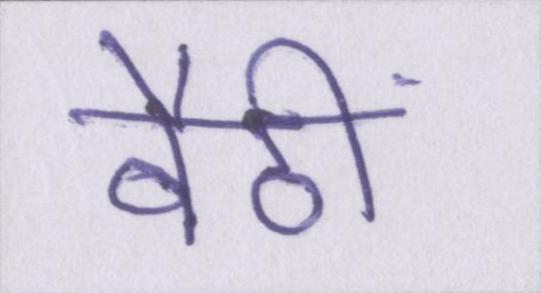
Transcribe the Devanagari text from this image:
बैठीं